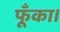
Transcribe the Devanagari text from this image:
फूँका।